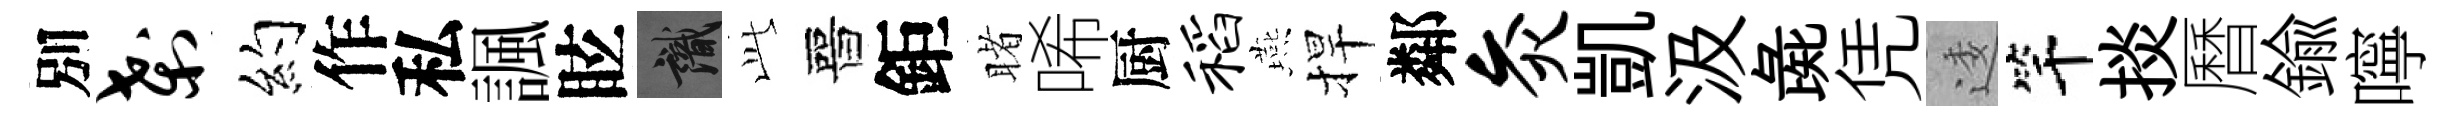
別刹约作私諷眩識𬼘晉鉅睹唏厨稻燕捍鄰灸凱汲彘凭逶竿掞曆鍮嚀